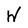
Character: W